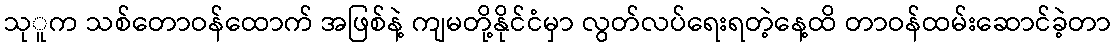
သုူက သစ်တောဝန်ထောက် အဖြစ်နဲ့ ကျမတို့နိုင်ငံမှာ လွတ်လပ်ရေးရတဲ့နေ့ထိ တာဝန်ထမ်းဆောင်ခဲ့တာ